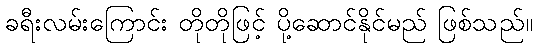
ခရီးလမ်းကြောင်း တိုတိုဖြင့် ပို့ဆောင်နိုင်မည် ဖြစ်သည်။